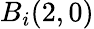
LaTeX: B_{i}(2,0)